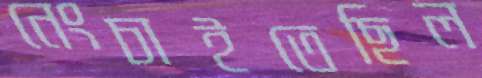
নেংচাইতেছিল